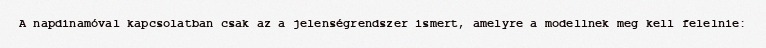
A napdinamóval kapcsolatban csak az a jelenségrendszer ismert, amelyre a modellnek meg kell felelnie: